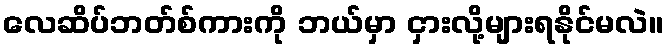
လေဆိပ်ဘတ်စ်ကားကို ဘယ်မှာ ငှားလို့များရနိုင်မလဲ။